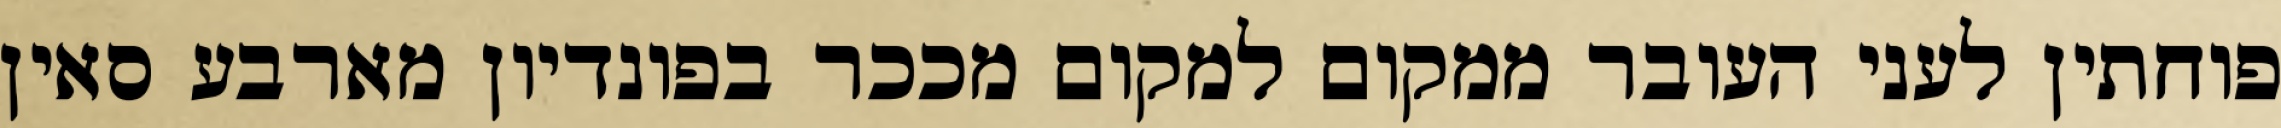
פוחתין לעני העובר ממקום למקום מככר בפונדיון מארבע סאין